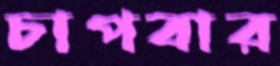
চাপবার